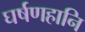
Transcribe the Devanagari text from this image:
घर्षणहानि